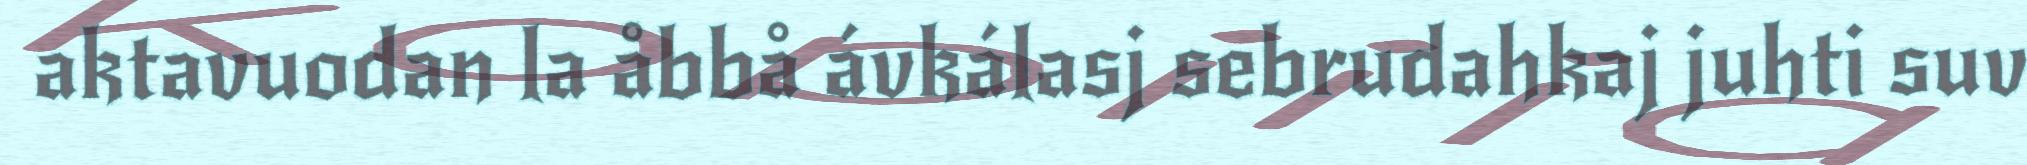
aktavuodan la åbbå ávkálasj sebrudahkaj juhti suv